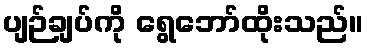
ပျဉ်ချပ်ကို ရွေဘော်ထိုးသည်။